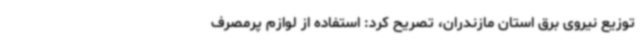
توزیع نیروی برق استان مازندران، تصریح کرد: استفاده از لوازم پرمصرف